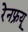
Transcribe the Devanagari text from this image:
रेनफ्रयू